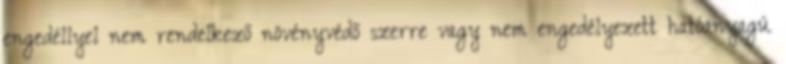
engedéllyel nem rendelkező növényvédő szerre vagy nem engedélyezett hatóanyagú